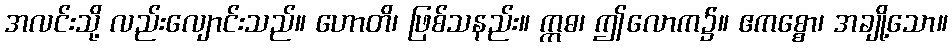
အလင်းသို့ လည်းလျောင်းသည်။ ဟောတိ၊ ဖြစ်သနည်း။ ဣဓ၊ ဤလောက၌။ ဧကစ္စော၊ အချို့သော။